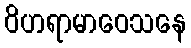
ဝိဟရာမာဝေသနေ